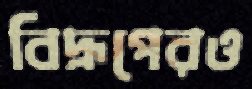
বিদ্রূপেরও